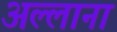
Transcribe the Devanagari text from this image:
अल्लाना